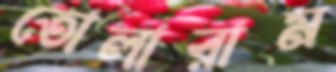
তোলারাম